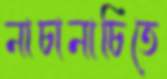
নাচানাচিতে